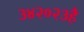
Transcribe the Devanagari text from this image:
३४२०२३है